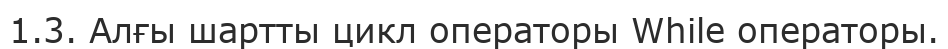
1.3. Алғы шартты цикл операторы While операторы.